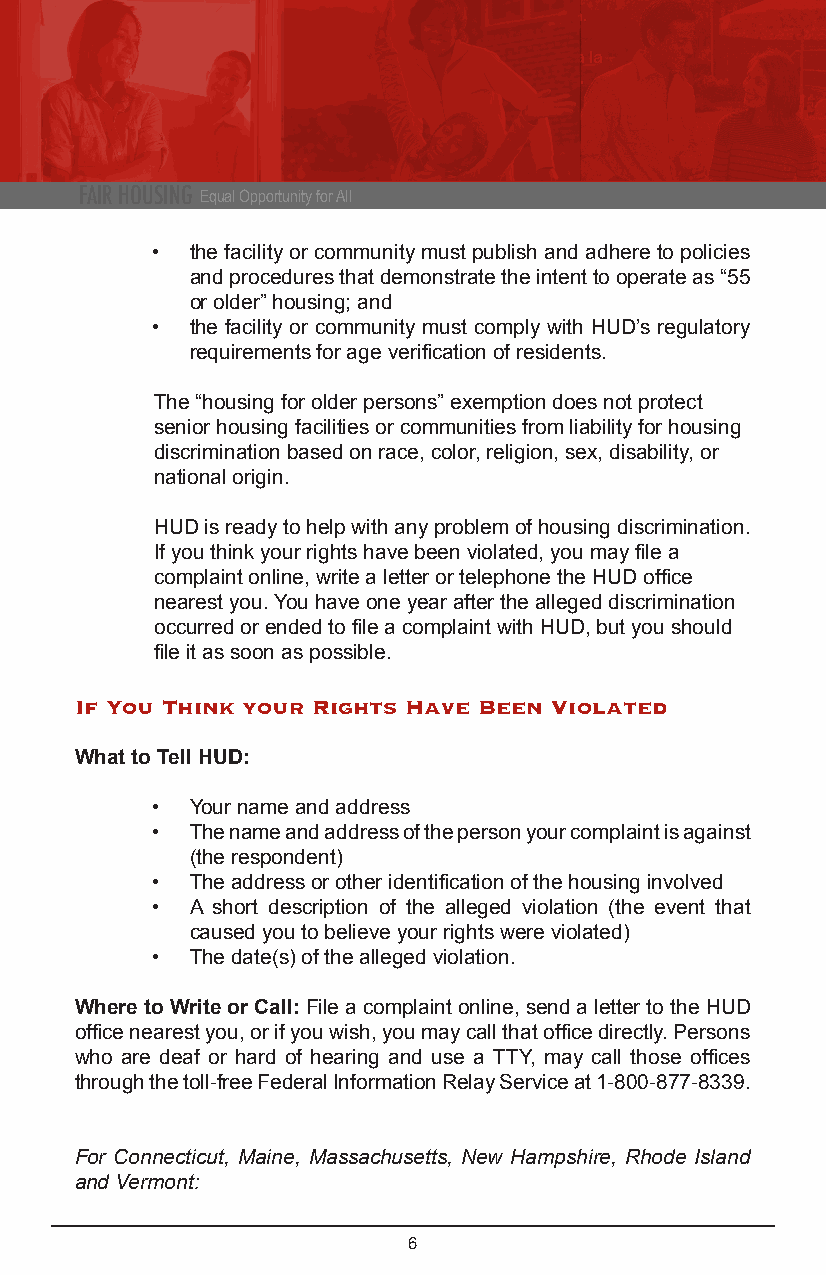
FAIR HOUSING Equal Opportunity for All
 •  the facility or community must publish and adhere to policies
 and procedures that demonstrate the intent to operate as “55
 or older” housing; and
 •  the facility or community must comply with HUD’s regulatory
 requirements for age verification of residents.
 The “housing for older persons” exemption does not protect
 senior housing facilities or communities from liability for housing
 discrimination based on race, color, religion, sex, disability, or
 national origin.
 HUD is ready to help with any problem of housing discrimination.
 If you think your rights have been violated, you may file a
 complaint online, write a letter or telephone the HUD office
 nearest you. You have one year after the alleged discrimination
 occurred or ended to file a complaint with HUD, but you should
 file it as soon as possible.
 If You Think your Rights Have Been Violated
 What to Tell HUD:
 •  Your name and address
 •  The name and address of the person your complaint is against
 (the respondent)
 •  The address or other identification of the housing involved
 •  A short description of the alleged violation (the event that
 caused you to believe your rights were violated)
 •  The date(s) of the alleged violation.
 Where to Write or Call: File a complaint online, send a letter to the HUD
 office nearest you, or if you wish, you may call that office directly. Persons
 who are deaf or hard of hearing and use a TTY, may call those offices
 through the toll-free Federal Information Relay Service at 1-800-877-8339.
 For Connecticut, Maine, Massachusetts, New Hampshire, Rhode Island
 and Vermont:
 6